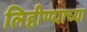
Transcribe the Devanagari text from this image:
लिहीण्याच्या